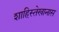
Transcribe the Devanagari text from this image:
शाहिस्तेखानास